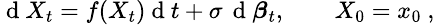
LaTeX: \small\mathrm{~d~}X_{t}=f(X_{t})\mathrm{~d~}t+\sigma\, \mathrm{~d~}\boldsymbol{\beta}_{t},\qquad X_{0}=x_{0}\ ,